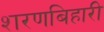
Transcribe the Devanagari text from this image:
शरणबिहारी